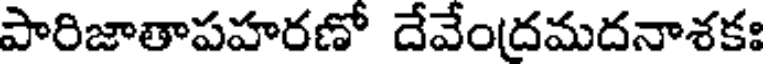
పారిజాతాపహరణో దేవేంద్రమదనాశకః